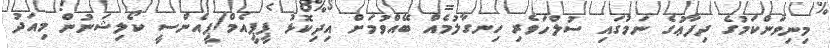
މިނިވަންކަމުގެ ދިފާޢުގެ ނަމުގައި ސުލްހަވެރި ހިނގާލުމެއް ބޭއްވުމަށް އިދިކޮޅު ޕީޕީއެމް/ޕީއެންސީ ކޯލިޝަނުން މިއަދު